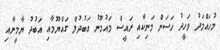
މުހައްމަދު ވަހީދު ހަސަން މަނިކާއި ރައީސް މައުމޫނު އަބުދުލް ގައްޔޫމާއި އަބުދު ޔާމީނާއި